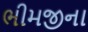
ભીમજીના